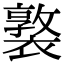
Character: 𧝗